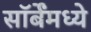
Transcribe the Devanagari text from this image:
सॉर्बेंमध्ये